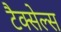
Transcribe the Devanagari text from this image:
टैक्सेल्स